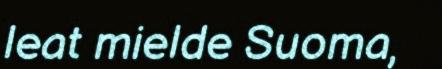
leat mielde Suoma,